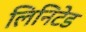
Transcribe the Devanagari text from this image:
लिनिटेड